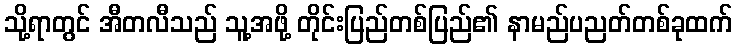
သို့ရာတွင် အီတလီသည် သူ့အဖို့ တိုင်းပြည်တစ်ပြည်၏ နာမည်ပညတ်တစ်ခုထက်